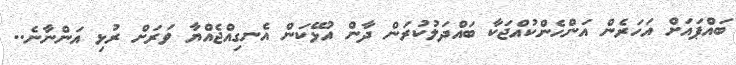
ބައްޕައަށް އަހަރެން އަންހެންކުއްޖަކާ ބައްދަލުކުރަން ދާން އުޅޭކަން އެނގިއްޖެއްޔާ ވަރަށް ރުޅި އަންނާނެ..